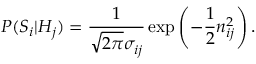
P ( S _ { i } | H _ { j } ) = \frac { 1 } { \sqrt { 2 \pi } \sigma _ { i j } } \exp \left( - \frac { 1 } { 2 } n _ { i j } ^ { 2 } \right) .